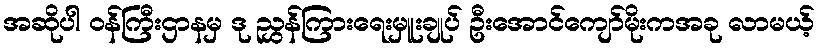
အဆိုပါ ဝန်ကြီးဌာနမှ ဒု ညွှန်ကြားရေးမှူးချုပ် ဦးအောင်ကျော်မိုးကအခု လာမယ့်